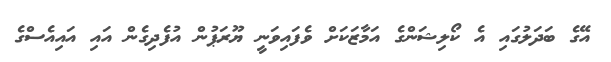
އޭގެ ބަދަލުގައި އެ ކޯލިޝަންގެ އަމާޒަކަށް ވެފައިވަނީ ޔޫރަޕުން އުފެދިގެން އައި އައިއެސްގެ